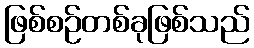
ဖြစ်စဉ်တစ်ခုဖြစ်သည်